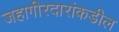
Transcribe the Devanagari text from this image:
जहागीरदारांकडील